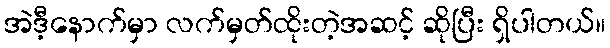
အဲဒီ့နောက်မှာ လက်မှတ်ထိုးတဲ့အဆင့် ဆိုပြီး ရှိပါတယ်။